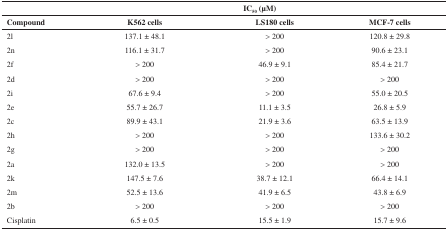
|  | <COLSPAN=3> IC50 (μM) |
 | Compound | K562 cells | LS180 cells | MCF-7cells |
 | --- | --- | --- | --- |
 | 2l | 137.1 ± 48.1 | 200 | 120.8 ± 29.8 |
 | 2n | 116.1 ± 31.7 | 200 | 90.6 ± 23.1 |
 | 2f | 200 | 46.9 ± 9.1 | 85.4 ± 21.7 |
 | 2d | 200 | 200 | 200 |
 | 2i | 67.6 ± 9.4 | 200 | 55.0 ± 20.5 |
 | 2e | 55.7 ± 26.7 | 11.1 ± 3.5 | 26.8 ± 5.9 |
 | 2c | 89.9 ± 43.1 | 21.9 ± 3.6 | 63.5 ± 13.9 |
 | 2h | 200 | 200 | 133.6 ± 30.2 |
 | 2g | 200 | 200 | 200 |
 | 2a | 132.0 ± 13.5 | 200 | 200 |
 | 2k | 147.5 ± 7.6 | 38.7 ± 12.1 | 66.4 ± 14.1 |
 | 2m | 52.5 ± 13.6 | 41.9 ± 6.5 | 43.8 ± 6.9 |
 | 2b | 200 | 200 | 200 |
 | Cisplatin | 6.5 ± 0.5 | 15.5 ± 1.9 | 15.7 ± 9.6 |